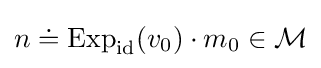
n\doteq \operatorname {Exp} _{\mathrm {id} }(v_{0})\cdot m_{0}\in {\mathcal {M}}